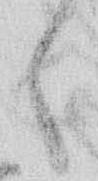
々